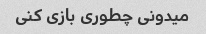
میدونی چطوری بازی کنی